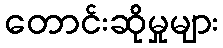
တောင်းဆိုမှုများ